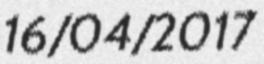
16/04/2017